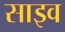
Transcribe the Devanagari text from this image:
साइव